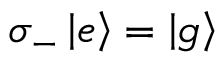
\sigma _ { - } \left| e \right\rangle = \left| g \right\rangle